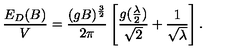
\frac { E _ { D } ( B ) } { V } = \frac { ( g B ) ^ { \frac { 3 } { 2 } } } { 2 \pi } \left[ \frac { g ( \frac { \lambda } { 2 } ) } { \sqrt { 2 } } + \frac { 1 } { \sqrt { \lambda } } \right] .